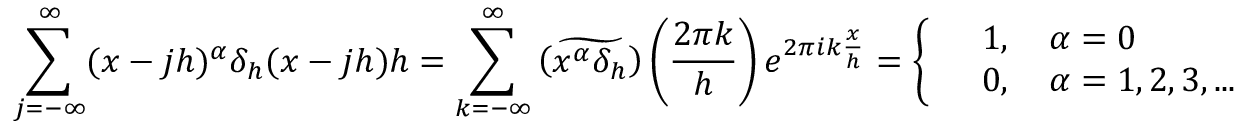
\sum _ { j = - \infty } ^ { \infty } ( x - j h ) ^ { \alpha } \delta _ { h } ( x - j h ) h = \sum _ { k = - \infty } ^ { \infty } \widetilde { \left( x ^ { \alpha } \delta _ { h } \right) } \left( \frac { 2 \pi k } { h } \right) e ^ { 2 \pi i k \frac { x } { h } } = \left\{ \begin{array} { r l } & { 1 , \quad \alpha = 0 } \\ & { 0 , \quad \alpha = 1 , 2 , 3 , . . . } \end{array} \right.